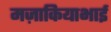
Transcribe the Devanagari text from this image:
मज़ाकियाभाई